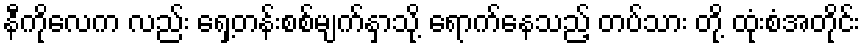
နီကိုလေက လည်း ရှေ့တန်းစစ်မျက်နှာသို့ ရောက်နေသည့် တပ်သား တို့ ထုံးစံအတိုင်း